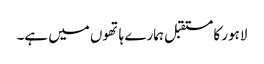
لاہور کا مستقبل ہمارے ہاتھوں میں ہے۔